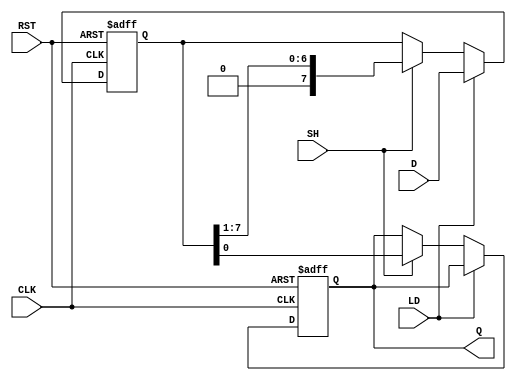
module PISO_Register #(
    parameter n = 8 // parameter for the size of the register
)(
    input  wire [n-1:0] D,   // Data input
    input  wire LD,          // Load signal
    input  wire SH,          // Shift signal
    input  wire CLK,         // Clock signal
    input  wire RST,         // Reset signal
    output reg  Q           // Serial output
);

    // Internal register to hold parallel data
    reg [n-1:0] shift_reg;

    // Sequential logic for the PISO Register
    always @(posedge CLK or posedge RST) begin
        if (RST) begin
            // Reset the register to zero
            shift_reg <= {n{1'b0}};
            Q <= 1'b0; // Reset the serial output
        end else begin
            if (LD) begin
                // Load data into the register
                shift_reg <= D;
            end else if (SH) begin
                // Shift right operation
                Q <= shift_reg[0]; // Output the LSB
                shift_reg <= {1'b0, shift_reg[n-1:1]}; // Shift right
            end
        end
    end

endmodule